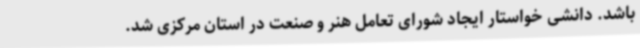
باشد. دانشی خواستار ایجاد شورای تعامل هنر و صنعت در استان مرکزی شد.